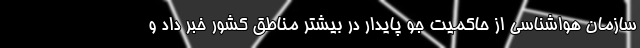
سازمان هواشناسی از حاکمیت جو پایدار در بیشتر مناطق کشور خبر داد و